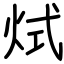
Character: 烒